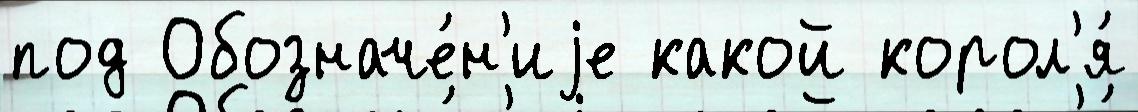
под Обозначе́н'иjе какой корол'я́